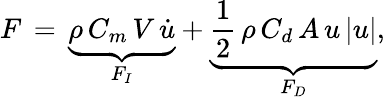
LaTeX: F\, =\, \underbrace{\rho\, C_{m}\, V\, {\dot{u}}}_{F_{I}}+\underbrace{{\frac{1}{2}}\, \rho\, C_{d}\, A\, u\, |u|}_{F_{D}},